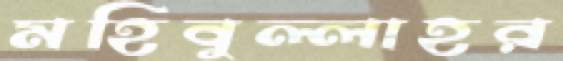
মহিবুল্লাহর